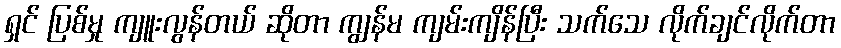
ရှင် ပြစ်မှု ကျူးလွန်တယ် ဆိုတာ ကျွန်မ ကျမ်းကျိန်ပြီး သက်သေ လိုက်ချင်လိုက်တာ